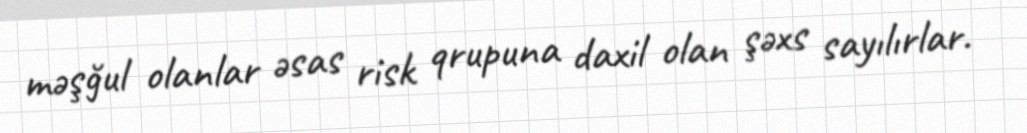
məşğul olanlar əsas risk qrupuna daxil olan şəxs sayılırlar.